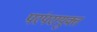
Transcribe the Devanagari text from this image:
परंपरायुक्त